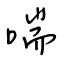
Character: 喘